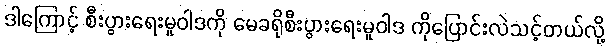
ဒါကြောင့် စီးပွားရေးမူဝါဒကို မေခရိုစီးပွားရေးမူဝါဒ ကိုပြောင်းလဲသင့်တယ်လို့